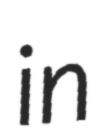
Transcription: in